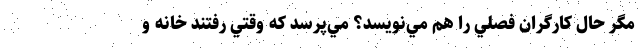
مگر حال كارگران فصلي را هم مي‌نويسد؟ مي‌پرسد كه وقتي رفتند خانه و